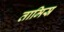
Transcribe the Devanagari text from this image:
तामिस्र